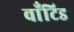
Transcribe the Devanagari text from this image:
वाँटिड